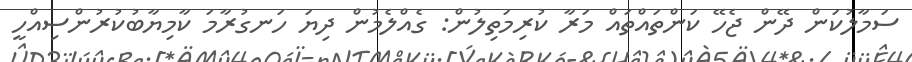
ސަމާލުކަން ދޭން ޖެހޭ ކަންތައްތައް މަރާ ކުރިމަތިލުން: ގެއްލެމުން ދިޔަ ހަނގުރާމަ ކާމިޔާބުކުރުންސިއްހީ